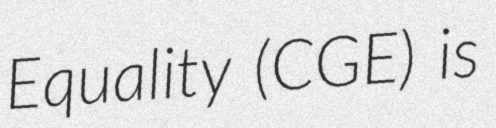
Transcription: Equality (CGE) is